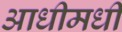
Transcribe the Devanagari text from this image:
आधीमधी